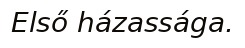
Első házassága.